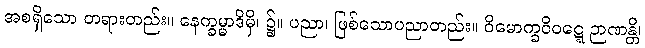
အစရှိသော တရားတည်း။ နေက္ခမ္မာဒိမှိ၊ ၌။ ပညာ၊ ဖြစ်သောပညာတည်း။ ဝိမောက္ခဝိဝဋ္ဋေ ဉာဏန္တိ၊